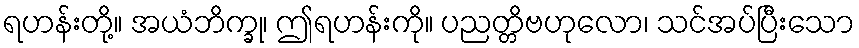
ရဟန်းတို့။ အယံဘိက္ခု၊ ဤရဟန်းကို။ ပညတ္တိဗဟုလော၊ သင်အပ်ပြီးသော